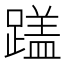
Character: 𬧏